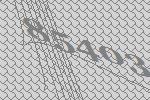
85403